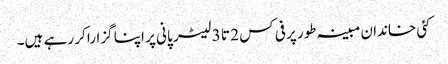
کئی خاندان مبینہ طور پر فی کس 2 تا 3 لیٹر پانی پر اپنا گزارا کر رہے ہیں۔